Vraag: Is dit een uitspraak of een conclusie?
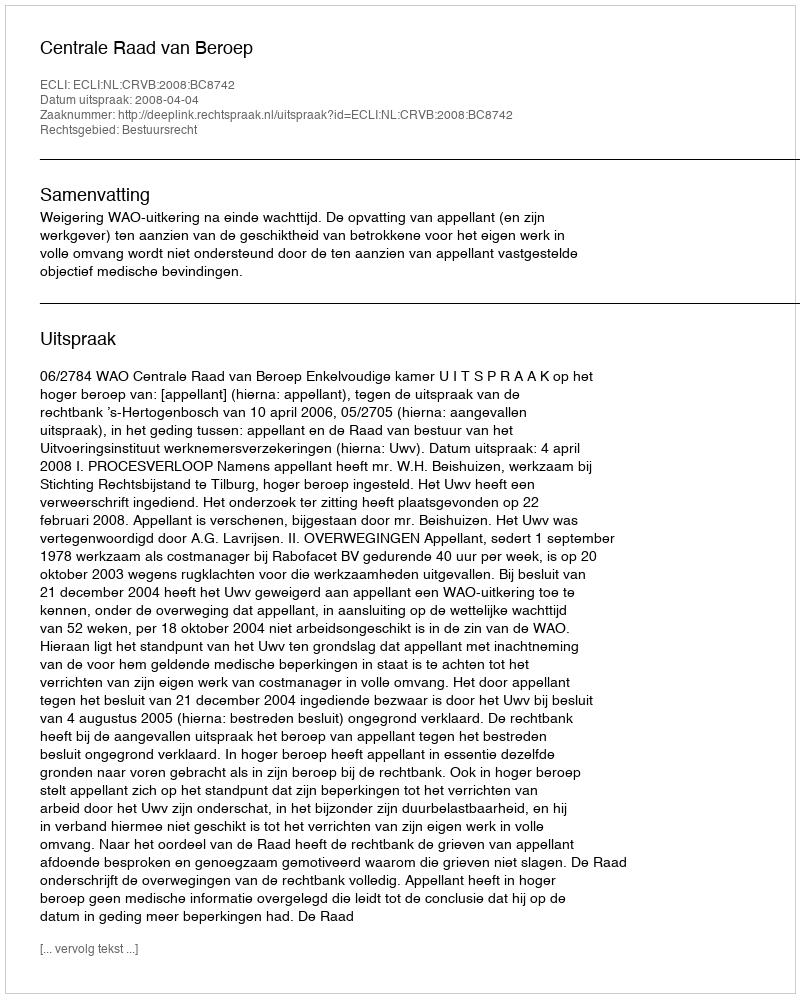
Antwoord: Uitspraak